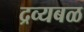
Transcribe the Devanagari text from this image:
द्रव्यबळ